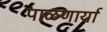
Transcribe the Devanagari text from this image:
पाळणार्या